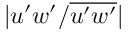
\vert u ^ { \prime } w ^ { \prime } / \overline { { u ^ { \prime } w ^ { \prime } } } \vert